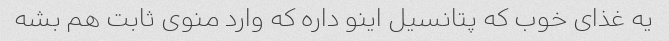
یه غذای خوب که پتانسیل اینو داره که وارد منوی ثابت هم بشه